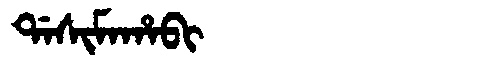
Manchu: ᡩᠠᠰᡳᠮᠠᡥᠠᠪᡳ
Romanization: DASIMAHABI